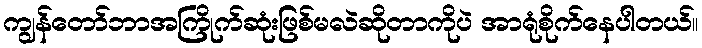
ကျွန်တော်ဘာအကြိုက်ဆုံးဖြစ်မလဲဆိုတာကိုပဲ အာရုံစိုက်နေပါတယ်။